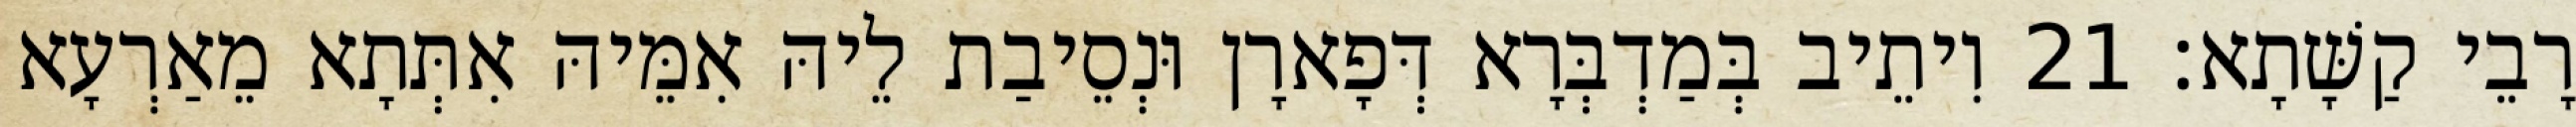
רָבֵי קַשָּׁתָא׃ 21 וִיתֵיב בְּמַדְבְּרָא דְּפָארָן וּנְסֵיבַת לֵיהּ אִמֵּיהּ אִתְּתָא מֵאַרְעָא